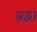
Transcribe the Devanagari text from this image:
श्रद्वा